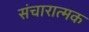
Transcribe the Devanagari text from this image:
संचारात्मक